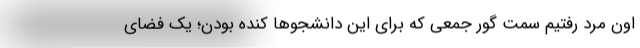
اون مرد رفتيم سمت گور جمعي كه براي اين دانشجوها كنده بودن؛ يك فضاي